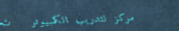
مركز لتدريب الكمبيوتر   ت